Punjab Mental Hospital Lahore 1922-31 - 1922-1931
Year: 1922
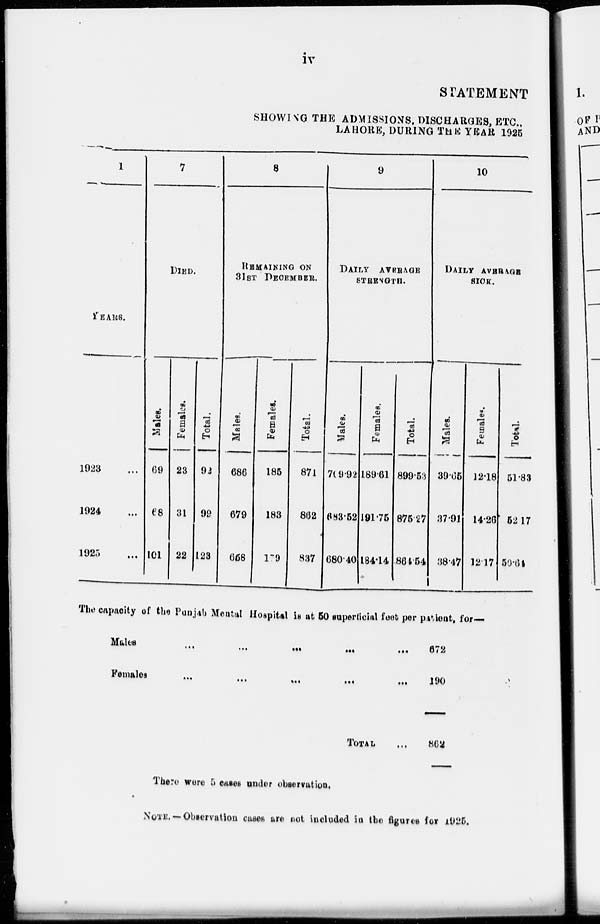
iv
STATEMENT
SHOWING THE ADMISSIONS. DISCHARGES, ETC.,
LAHORE, DURING THE YEAR 1925
1
YEARS.
1923 ...
1924 ...
1925 ...
7
DIED.
Males.
69
68
101
Females.
23
31
22
Total.
92
99
123
8
REMAINING ON
31ST DECEMBER.
Males.
686
679
658
Females.
185
183
179
Total.
871
862
837
9
DAILY AVERAGE
STRENGTH.
Males.
709.92
683.52
680.40
Females.
189.61
191.75
184.14
Total.
899.53
875.27
864.54
10
DAILY AVERAGE
SICK.
Males.
39.65
37.91
38.47
Femles.
12.18
14.26
12.17
Total.
51.83
52.17
50.64
The capacity of the Punjab Mental Hospital is at 60 superficial feet per patient, for—
Males ... ... ... ... ...
Females ... ... ... ... ...
TOTAL ...
672
190
862
There were 5 cases under observation,
NOTE. — Observation cases are not included in the figures for 1925.